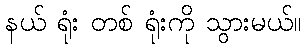
နယ် ရုံး တစ် ရုံးကို သွားမယ်။